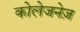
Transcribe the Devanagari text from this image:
कोलेजनेज़